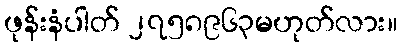
ဖုန်းနံပါတ် ၂၇၅၈၉၆၃မဟုတ်လား။